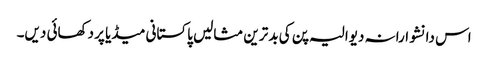
اس دانشوارانہ دیوالیہ پن کی بد ترین مثالیں پاکستانی میڈیا پر دکھائی دیں۔